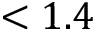
< 1 . 4